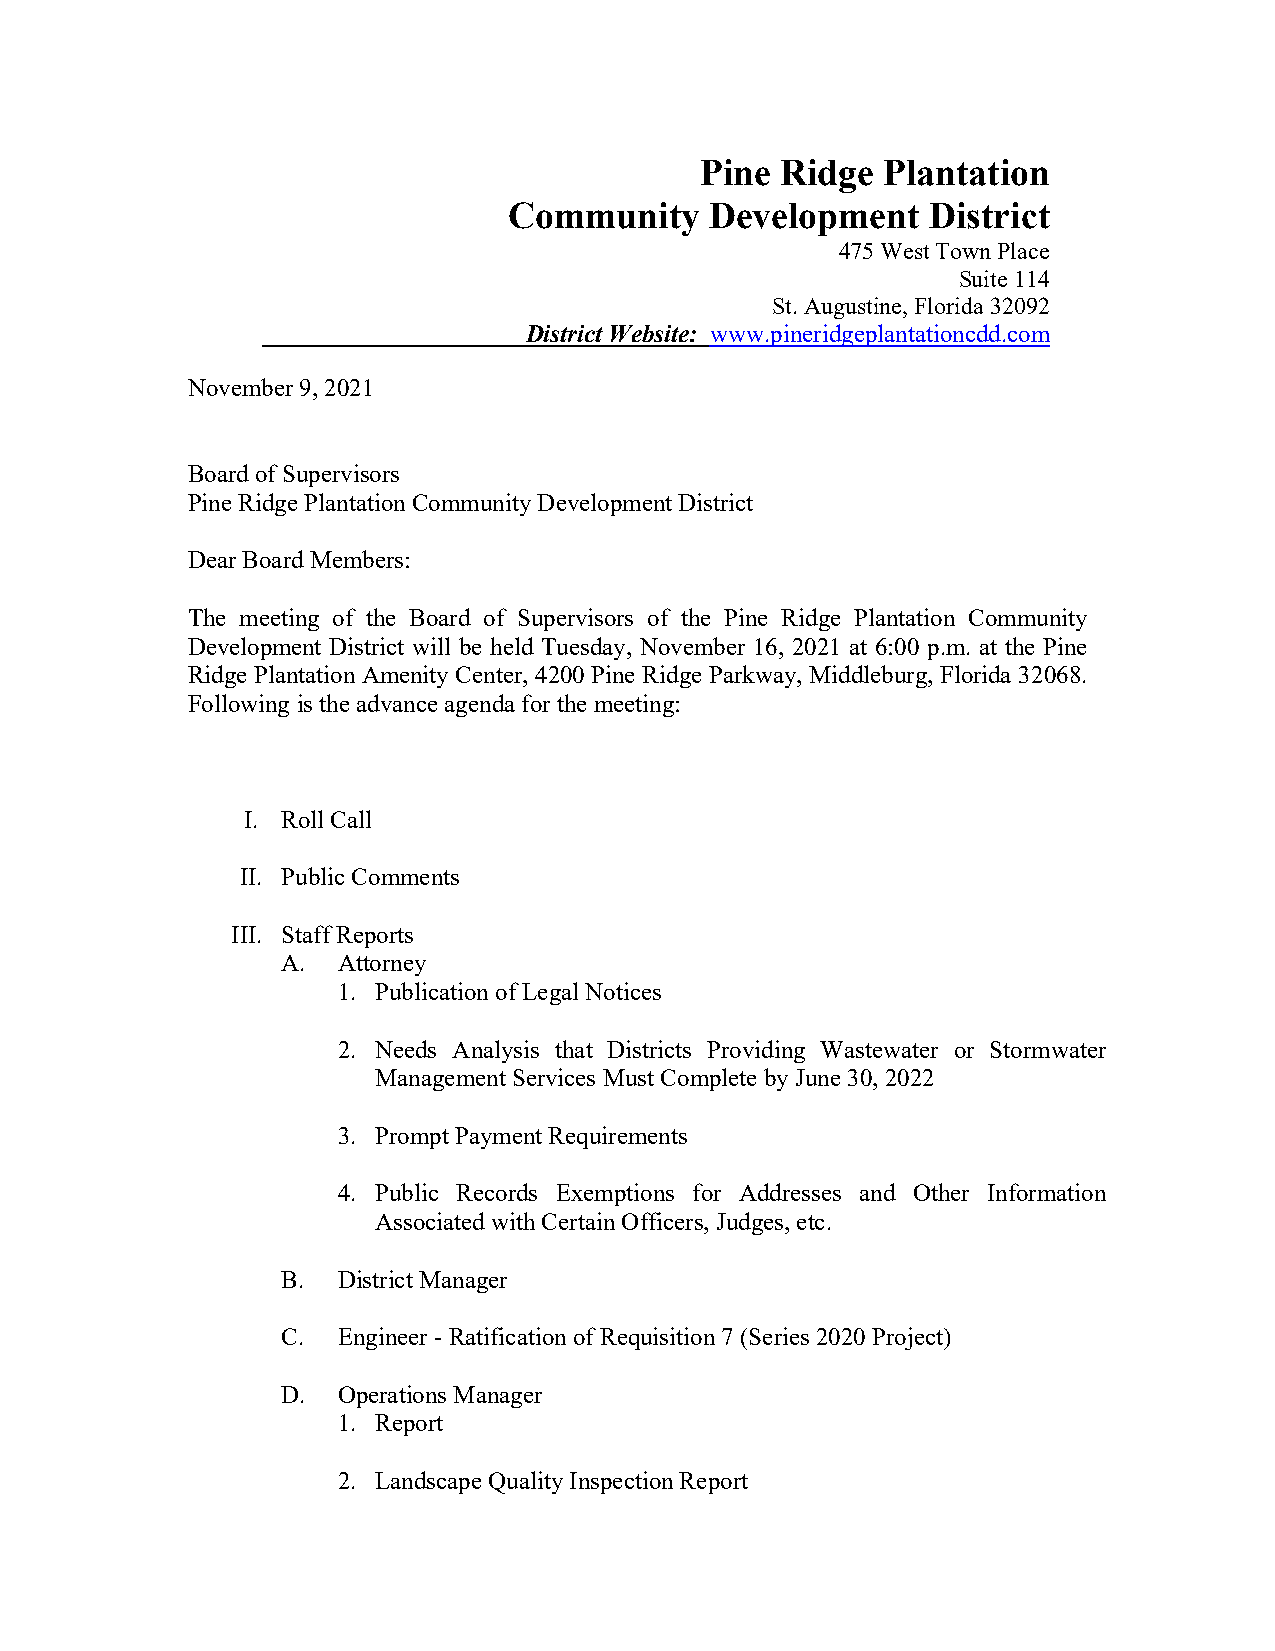
Pine  Ridge Plantation
 Community    Development    District
 475 West Town Place
 Suite 114
 St. Augustine, Florida 32092
 District Website: www.pineridgeplantationcdd.com
 November 9, 2021
 Board of Supervisors
 Pine Ridge Plantation Community Development District
 Dear Board Members:
 The meeting of the Board of Supervisors of the Pine Ridge Plantation Community
 Development District will be held Tuesday, November 16, 2021 at 6:00 p.m. at the Pine
 Ridge Plantation Amenity Center, 4200 Pine Ridge Parkway, Middleburg, Florida 32068.
 Following is the advance agenda for the meeting:
 I. Roll Call
 II. Public Comments
 III. Staff Reports
 A. Attorney
 1. Publication of Legal Notices
 2. Needs Analysis that Districts Providing Wastewater or Stormwater
 Management Services Must Complete by June 30, 2022
 3. Prompt Payment Requirements
 4. Public Records Exemptions for Addresses and Other Information
 Associated with Certain Officers, Judges, etc.
 B. District Manager
 C. Engineer - Ratification of Requisition 7 (Series 2020 Project)
 D. Operations Manager
 1. Report
 2. Landscape Quality Inspection Report